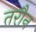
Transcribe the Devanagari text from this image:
तरौन